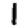
Digit: 1